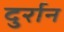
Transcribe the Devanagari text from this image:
दुर्रान